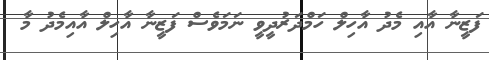
ފަޒީނާ އާއި މެދު އާހިލް ހަމްދަރުދީވީ ނަމަވެސް ފަޒީނާ އާހިލް އާއިމެދު މާ